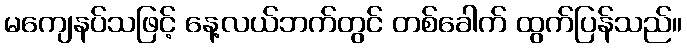
မကျေနပ်သဖြင့် နေ့လယ်ဘက်တွင် တစ်ခေါက် ထွက်ပြန်သည်။